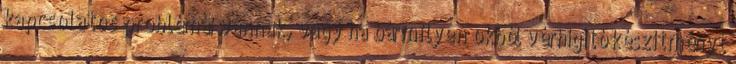
kapcsolatos problémái vannak, vagy ha bármilyen okból vérhígító készítményt